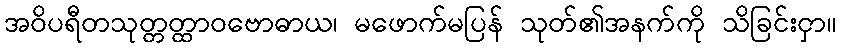
အဝိပရီတသုတ္တတ္ထာဝဗောဓာယ၊ မဖောက်မပြန် သုတ်၏အနက်ကို သိခြင်းငှာ။